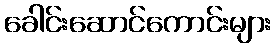
ခေါင်းဆောင်ကောင်းများ